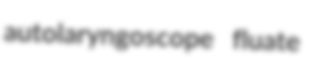
autolaryngoscope fluate